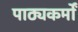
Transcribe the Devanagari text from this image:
पाठ्यकर्मों